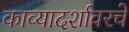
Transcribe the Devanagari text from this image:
काव्यादर्शावरचे